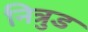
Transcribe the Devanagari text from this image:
नित्रुड